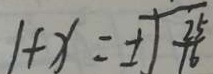
1 + x = \pm \sqrt { \frac { 2 5 } { 1 6 } }